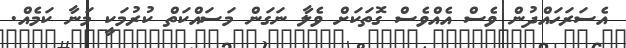
އެސަރަހައްދުން ވެސް އެއްވެސް ގޮތަކަށް ވެލާ ނަގަން މަސައްކަތް ކުރުމަކީ މަނާ ކަމެއް.